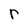
Character: r